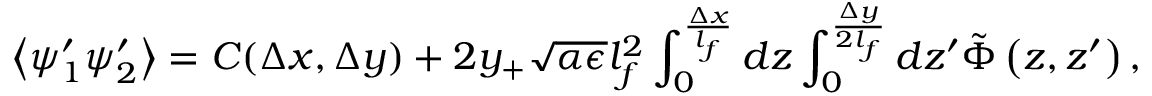
\left\langle \psi _ { 1 } ^ { \prime } \psi _ { 2 } ^ { \prime } \right\rangle = C ( \Delta x , \Delta y ) + 2 y _ { + } \sqrt { \alpha \epsilon } l _ { f } ^ { 2 } \int _ { 0 } ^ { \frac { \Delta x } { l _ { f } } } d z \int _ { 0 } ^ { \frac { \Delta y } { 2 l _ { f } } } d z ^ { \prime } \tilde { \Phi } \left( z , z ^ { \prime } \right) ,